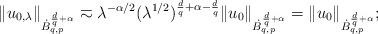
LaTeX: \begin{align*}\|u_{0,\lambda}\|_{\dot{B}^{\frac{d}{q}+\alpha}_{q,p}}&\eqsim\lambda ^{-\alpha/2} (\lambda^{1/2})^{\frac{d}{q}+\alpha-\frac{d}{q}}\|u_0\|_{\dot{B}^{\frac{d}{q}+\alpha}_{q,p}}=\|u_0\|_{\dot{B}^{\frac{d}{q}+\alpha}_{q,p}};\end{align*}